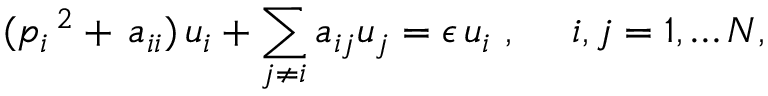
( p _ { i } \, ^ { 2 } + \, a _ { i i } ) \, u _ { i } + \sum _ { j \neq i } a _ { i j } u _ { j } = \epsilon \, u _ { i } ~ , \quad ~ i , j = 1 , \ldots N ,